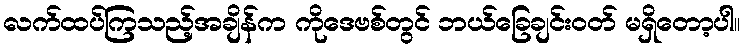
လက်ထပ်ကြသည့်အချိန်က ကိုဒေဗစ်တွင် ဘယ်ခြေချင်းဝတ် မရှိတော့ပါ။